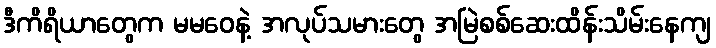
ဒီကိရိယာတွေက မမဝေနဲ့ အလုပ်သမားတွေ အမြဲစစ်ဆေးထိန်းသိမ်းနေကျ